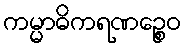
ကမ္မာဓိကရဏဉ္စေဝ